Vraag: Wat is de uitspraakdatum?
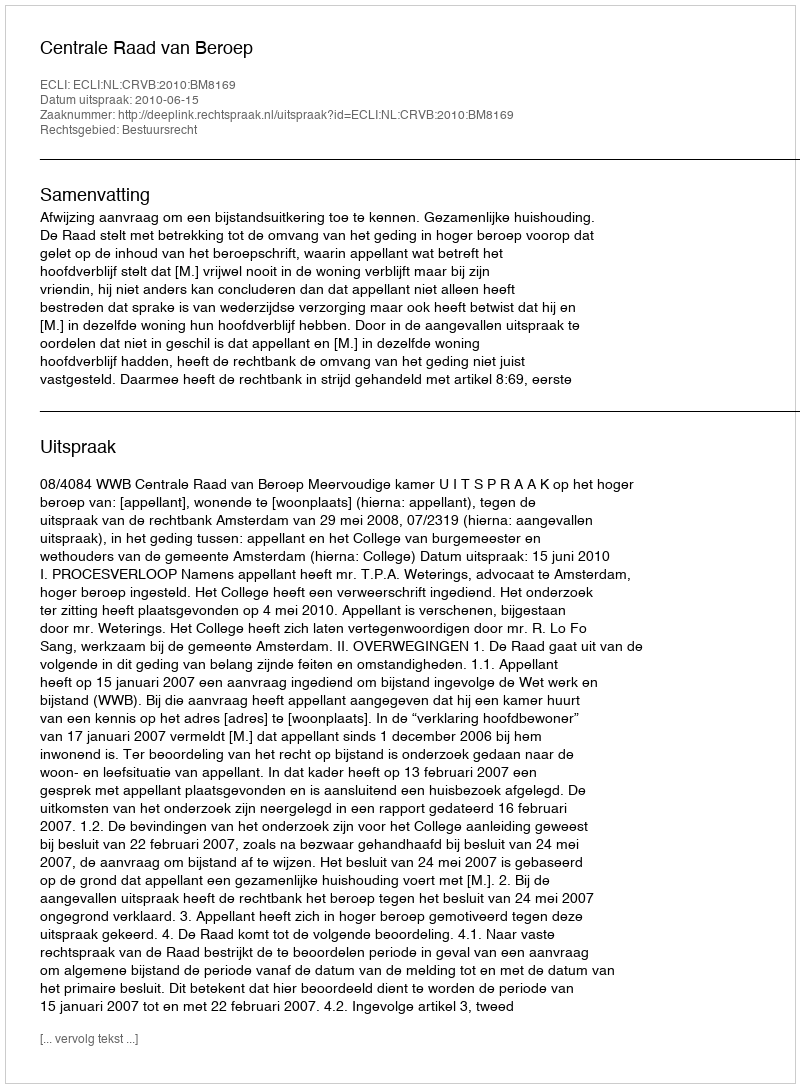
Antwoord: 2010-06-15